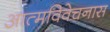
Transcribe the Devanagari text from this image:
आत्मविवेचनास